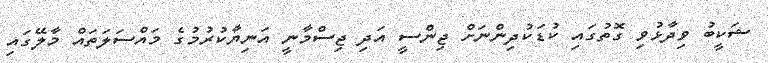
ޝަކީބު ވިދާޅުވި ގޮތުގައި ކުޑަކުދިންނަށް ޖިންސީ އަދި ޖިސްމާނީ އަނިޔާކުރުމުގެ މައްސަލަތައް މާލޭގައި